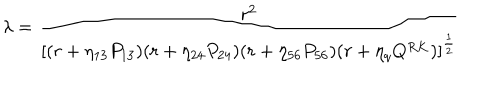
{ \lambda = { \frac { r ^ { 2 } } { \left[ ( r + \eta _ { 1 3 } P _ { 1 3 } ) ( r + \eta _ { 2 4 } P _ { 2 4 } ) ( r + \eta _ { 5 6 } P _ { 5 6 } ) ( r + \eta _ { q } Q ^ { R K } ) \right] ^ { \frac { 1 } { 2 } } } } }